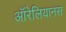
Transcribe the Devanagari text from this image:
ऑरेलियानस